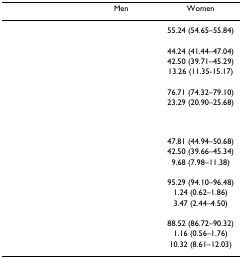
<table><thead><tr><td>[EMPTY_CELL]</td><td><b>Men</b></td><td><b>Women</b></td></tr></thead><tbody><tr><td>[EMPTY_CELL]</td><td>[EMPTY_CELL]</td><td>55.24 (54.65–55.84)</td></tr><tr><td>[EMPTY_CELL]</td><td>[EMPTY_CELL]</td><td>[EMPTY_CELL]</td></tr><tr><td>[EMPTY_CELL]</td><td>[EMPTY_CELL]</td><td>44.24 (41.44–47.04)</td></tr><tr><td>[EMPTY_CELL]</td><td>[EMPTY_CELL]</td><td>42.50 (39.71–45.29)</td></tr><tr><td>[EMPTY_CELL]</td><td>[EMPTY_CELL]</td><td>13.26 (11.35-15.17)</td></tr><tr><td>[EMPTY_CELL]</td><td>[EMPTY_CELL]</td><td>[EMPTY_CELL]</td></tr><tr><td>[EMPTY_CELL]</td><td>[EMPTY_CELL]</td><td>76.71 (74.32–79.10)</td></tr><tr><td>[EMPTY_CELL]</td><td>[EMPTY_CELL]</td><td>23.29 (20.90–25.68)</td></tr><tr><td>[EMPTY_CELL]</td><td>[EMPTY_CELL]</td><td>[EMPTY_CELL]</td></tr><tr><td>[EMPTY_CELL]</td><td>[EMPTY_CELL]</td><td>47.81 (44.94–50.68)</td></tr><tr><td>[EMPTY_CELL]</td><td>[EMPTY_CELL]</td><td>42.50 (39.66–45.34)</td></tr><tr><td>[EMPTY_CELL]</td><td>[EMPTY_CELL]</td><td>9.68 (7.98–11.38)</td></tr><tr><td>[EMPTY_CELL]</td><td>[EMPTY_CELL]</td><td>[EMPTY_CELL]</td></tr><tr><td>[EMPTY_CELL]</td><td>[EMPTY_CELL]</td><td>95.29 (94.10–96.48)</td></tr><tr><td>[EMPTY_CELL]</td><td>[EMPTY_CELL]</td><td>1.24 (0.62–1.86)</td></tr><tr><td>[EMPTY_CELL]</td><td>[EMPTY_CELL]</td><td>3.47 (2.44–4.50)</td></tr><tr><td>[EMPTY_CELL]</td><td>[EMPTY_CELL]</td><td>[EMPTY_CELL]</td></tr><tr><td>[EMPTY_CELL]</td><td>[EMPTY_CELL]</td><td>88.52 (86.72–90.32)</td></tr><tr><td>[EMPTY_CELL]</td><td>[EMPTY_CELL]</td><td>1.16 (0.56–1.76)</td></tr><tr><td>[EMPTY_CELL]</td><td>[EMPTY_CELL]</td><td>10.32 (8.61–12.03)</td></tr></tbody></table>